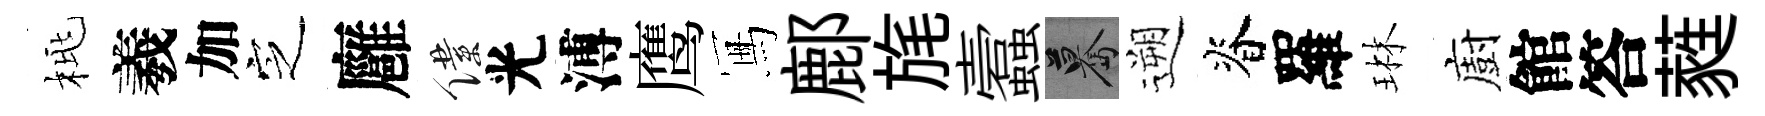
桃羲加㝎廱僕光溥鹰冩鄜旄蠧驀遡脊羅琳廚館答蕤